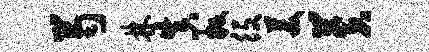
芍林真叛役美芙